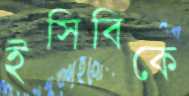
ইসিবিকে